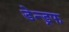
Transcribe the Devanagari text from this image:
डेन्ड्रफ